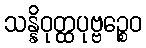
သန္နိဝုတ္ထပုဗ္ဗဉ္စေဝ